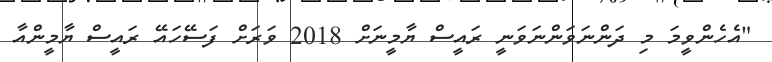
"އެހެންވީމަ މި ދަންނަވަންނަވަނީ ރައީސް ޔާމީނަށް 2018 ވަރަށް ފަސޭހައޭ ރައީސް ޔާމީންއާ